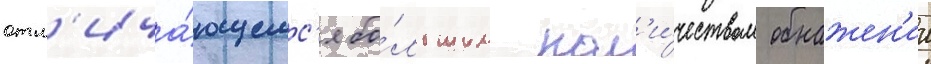
отл'ича́ющемс'я бо́льшим кол'и́чеством обнажен'ии